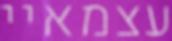
עצמאיי